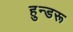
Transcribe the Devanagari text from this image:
हुन्डरू